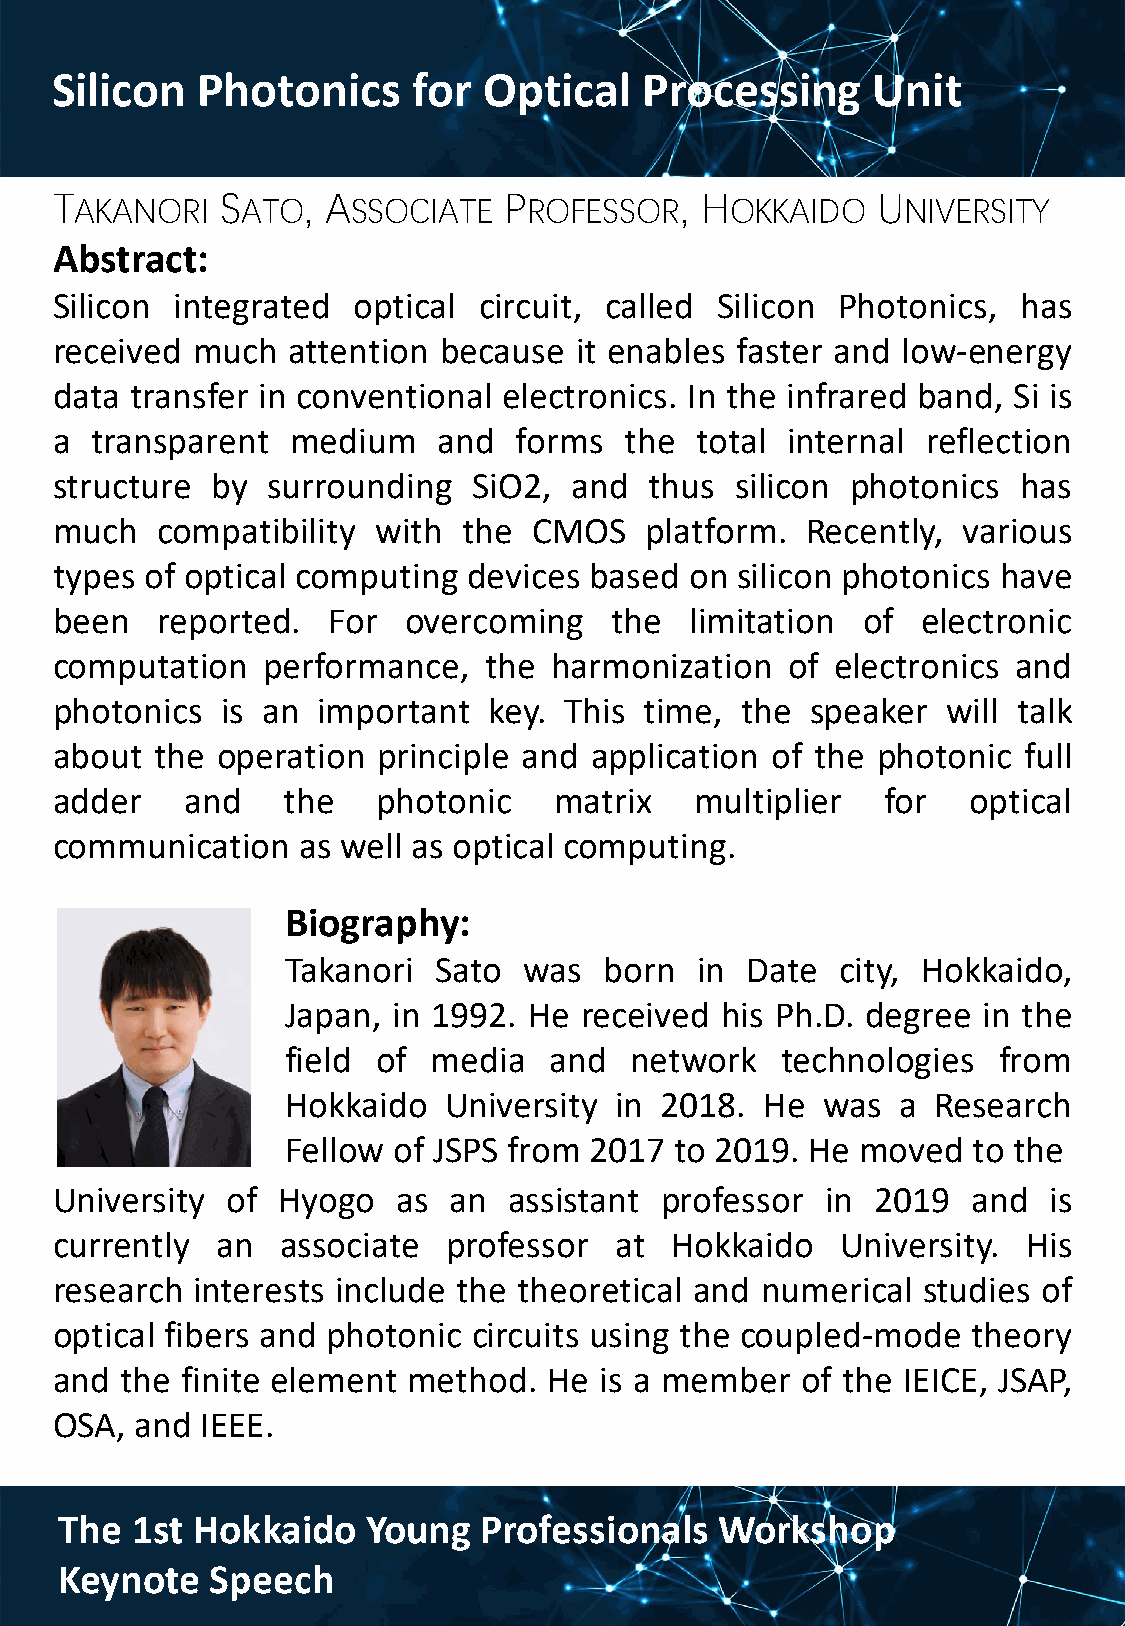
Silicon   Photonics     for  Optical    Processing     Unit
 T           S    , A          P           , H          U
 AKANORI    ATO    SSOCIATE    ROFESSOR     OKKAIDO     NIVERSITY
 Abstract:
 Silicon integrated  optical  circuit, called Silicon Photonics,  has
 received  much  attention because  it enables faster and low-energy
 data  transfer in conventional electronics. In the infrared band, Si is
 a  transparent  medium    and  forms  the  total internal reflection
 structure  by  surrounding  SiO2,  and  thus  silicon photonics  has
 much   compatibility  with  the CMOS    platform. Recently,  various
 types  of optical computing devices based  on silicon photonics have
 been   reported.   For  overcoming   the   limitation of  electronic
 computation   performance,   the harmonization   of electronics and
 photonics   is an important  key. This  time, the  speaker  will talk
 about  the operation  principle and application of the photonic  full
 adder    and    the   photonic    matrix   multiplier   for  optical
 communication    as well as optical computing.
 Biography:
 Takanori  Sato  was  born  in Date   city, Hokkaido,
 Japan, in 1992. He received  his Ph.D. degree in the
 field of media   and   network   technologies  from
 Hokkaido  University  in 2018.  He was   a Research
 Fellow of JSPS from 2017  to 2019. He moved  to the
 University  of Hyogo   as  an  assistant professor  in 2019  and  is
 currently  an   associate  professor  at Hokkaido    University. His
 research  interests include the theoretical and numerical studies of
 optical fibers and photonic circuits using the coupled-mode  theory
 and  the finite element method.  He  is a member  of the IEICE, JSAP,
 OSA,  and IEEE.
 The  1st Hokkaido   Young   Professionals   Workshop
 Keynote   Speech